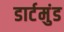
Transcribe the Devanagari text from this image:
डार्टमुंड